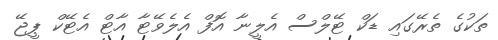
ތަކުގެ ތެރޭގައި ޑަކް ޓޭލްސް އެލީނާ އޮފް އެލެވޭޓާ އާޓް އެޓޭކް ޕީޖޭ